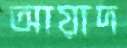
আয়াদ